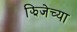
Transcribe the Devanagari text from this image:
झिजेच्या